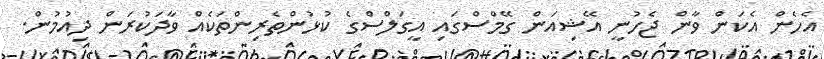
އެހެން އެކަން ވާން ޖެހުނީ އޭޝިއަން ގޭމްސްގައި އީގަލްސްގެ ކުޅުންތެރިންތަކެއް ވާދަކުރަން ދިއުމުން.